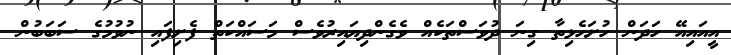
އީއައިއޭ ހަދަން ހުށަހެޅިތާ ގިނަ ދުވަސްތަކެއް ވެގެންދިޔައިރުވެސް މަސައްކަތް ފެށިފައި ނުވުމުގެ ސަބަބުން